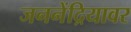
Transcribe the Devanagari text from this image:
जननेंद्रियावर